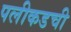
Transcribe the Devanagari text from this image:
पलीकडची